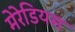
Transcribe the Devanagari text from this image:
मेरेडियस